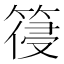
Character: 䈜